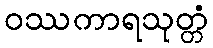
ဝဿကာရသုတ္တံ